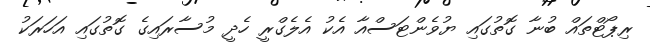
ރިޕޯޓްތައް ބުނާ ގޮތުގައި ޔުވެންޓަސްއާ އެކު އެލެގްރީ ހެދީ މުސާރައިގެ ގޮތުގައި އަހަރަކު